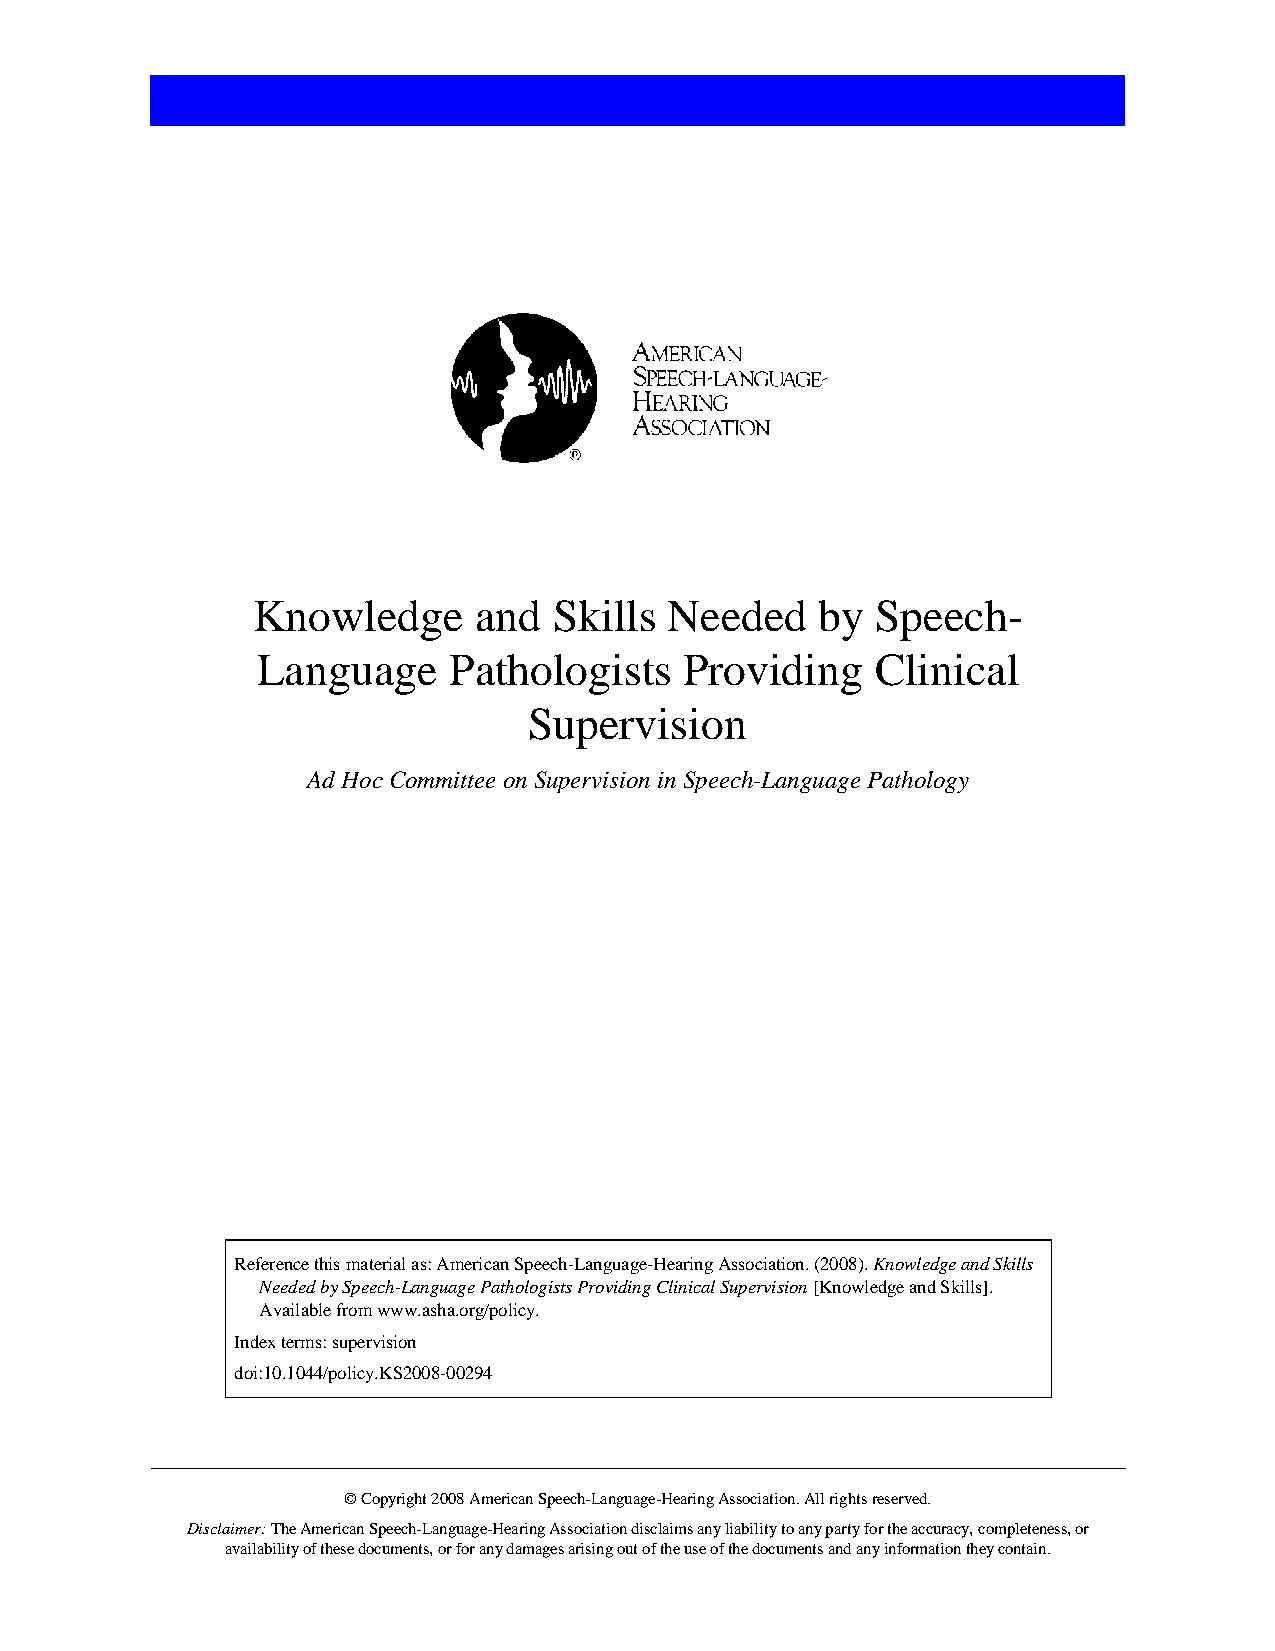
Knowledge     and   Skills Needed    by  Speech-
 Language     Pathologists   Providing    Clinical
 Supervision
 Ad Hoc Committee on Supervision in Speech-Language Pathology
 Reference this material as: American Speech-Language-Hearing Association. (2008). Knowledge and Skills
 Needed by Speech-Language Pathologists Providing Clinical Supervision [Knowledge and Skills].
 Available from www.asha.org/policy.
 Index terms: supervision
 doi:10.1044/policy.KS2008-00294
 © Copyright 2008 American Speech-Language-Hearing Association. All rights reserved.
 Disclaimer: The American Speech-Language-Hearing Association disclaims any liability to any party for the accuracy, completeness, or
 availability of these documents, or for any damages arising out of the use of the documents and any information they contain.